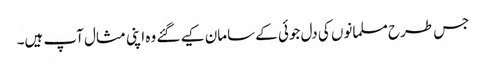
جس طرح مسلمانوں کی دل جوئی کے سامان کیے گئے وہ اپنی مثال آپ ہیں۔